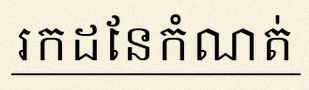
រកដែនកំណត់